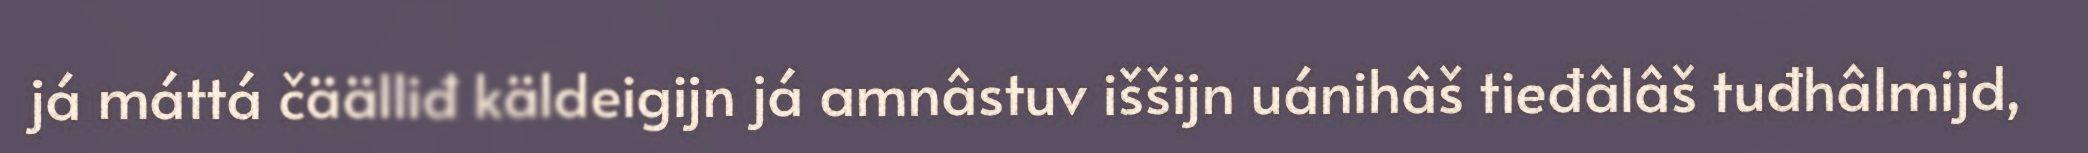
já máttá čäälliđ käldeigijn já amnâstuv iššijn uánihâš tieđâlâš tuđhâlmijd,